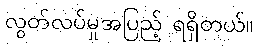
လွတ်လပ်မှုအပြည့် ရရှိတယ်။